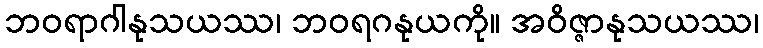
ဘဝရာဂါနုသယဿ၊ ဘဝရဂနုယကို။ အဝိဇ္ဇာနုသယဿ၊